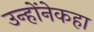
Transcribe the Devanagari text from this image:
उन्होंनेकहा